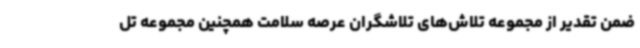
ضمن تقدیر از مجموعه تلاش‌های تلاشگران عرصه سلامت همچنین مجموعه تل